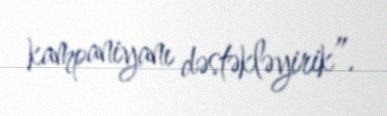
kampaniyanı dəstəkləyirik”.